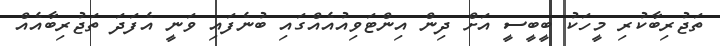
ތަޖުރިބާކުރި މީހަކު ބީބީސީ އަށް ދިން އިންޓަވިއުއެއްގައި ބުނެފައި ވަނީ އެފަދަ ތަޖުރިބާއެއް